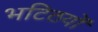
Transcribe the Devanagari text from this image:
भटिठयों